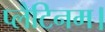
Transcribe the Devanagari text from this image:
प्लैटिनम।